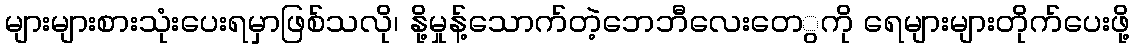
များများစားသုံးပေးရမှာဖြစ်သလို၊ နို့မှုန့်သောက်တဲ့ဘေဘီလေးတေွကို ရေများများတိုက်ပေးဖို့